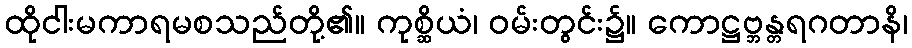
ထိုငါးမကာရမစသည်တို့၏။ ကုစ္ဆိယံ၊ ဝမ်းတွင်း၌။ ကောဋ္ဌဗ္ဘန္တရဂတာနိ၊